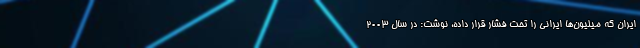
ایران که میلیون‌ها ایرانی را تحت فشار قرار داده، نوشت: در سال 2003